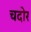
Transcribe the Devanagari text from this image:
चदोर